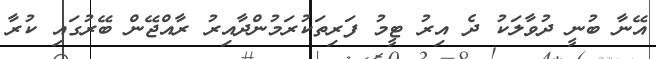
އޭނާ ބުނީ ދުވާލަކު ދެ އިރު ޓީމު ފަރިތަކުރަމުންދާއިރު ރާއްޖޭން ބޭރުގައި ކުރާ